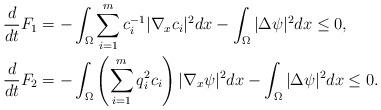
LaTeX: \begin{align*}\frac{d}{dt}F_1 & = - \int_{\Omega} \sum_{i=1}^m c_i^{-1}|\nabla_x c_i|^2dx -\int_{\Omega}|\Delta \psi|^2dx \leq 0, \\\frac{d}{dt} F_2 & =- \int_{\Omega} \left( \sum_{i=1}^m q_i^2 c_i\right) |\nabla_x \psi|^2 dx-\int_{\Omega}|\Delta \psi|^2dx \leq 0.\end{align*}